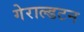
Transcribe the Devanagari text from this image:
गेराल्डटन